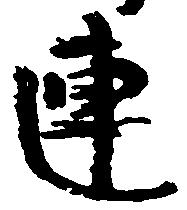
連